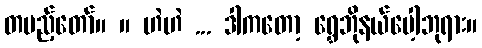
တပည့်တော်။ ။ ဟဲဟဲ ... ဒါကတော့ ရွှေဘိုနယ်ပေါ့ဘုရား။